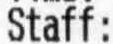
STAFF: